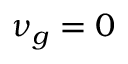
\nu _ { g } = 0